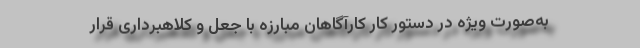
به‌صورت ویژه در دستور کار کارآگاهان مبارزه با جعل و کلاهبرداری قرار